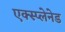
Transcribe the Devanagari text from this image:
एक्स्प्लेनेड